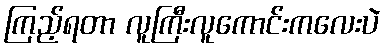
ကြည့်ရတာ လူကြီးလူကောင်းကလေးပဲ